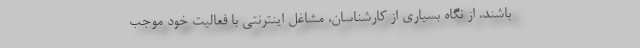
باشند. از نگاه بسیاری از کارشناسان، مشاغل اینترنتی با فعالیت خود موجب